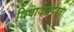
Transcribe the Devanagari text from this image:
विवादास्पदता